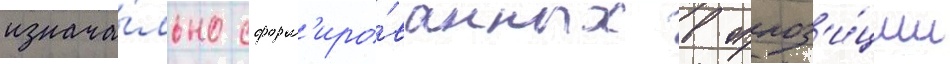
изнача́льно сформ'иро́ванных в оппоз'и́ции